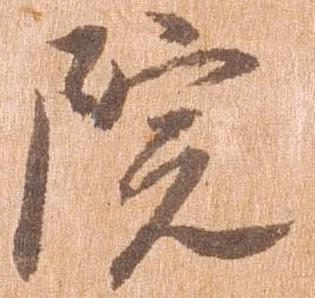
院